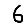
Digit: 6